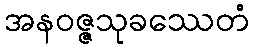
အနဝဇ္ဇသုခဿေတံ